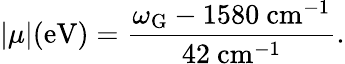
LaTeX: |\mu|(\mathrm{eV})=\frac{\omega_{\mathrm{G}}-1580~\mathrm{cm^{-1}}}{42~\mathrm{cm^{-1}}}.